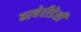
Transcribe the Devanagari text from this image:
बरबेरीडेसी